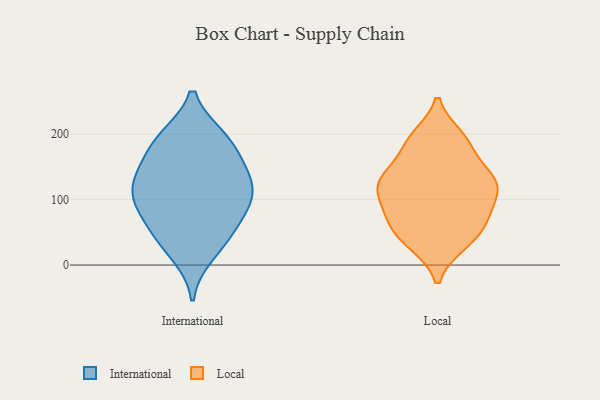
{"axis": {"x": "Latency (ms)", "y": "Value"}, "legend": ["International", "Local"], "data": [{"x": "", "y": 128, "type": "International"}, {"x": "", "y": 71, "type": "International"}, {"x": "", "y": 43, "type": "International"}, {"x": "", "y": 102, "type": "International"}, {"x": "", "y": 82, "type": "International"}, {"x": "", "y": 153, "type": "International"}, {"x": "", "y": 195, "type": "International"}, {"x": "", "y": 154, "type": "International"}, {"x": "", "y": 192, "type": "International"}, {"x": "", "y": 107, "type": "International"}, {"x": "", "y": 107, "type": "International"}, {"x": "", "y": 128, "type": "International"}, {"x": "", "y": 43, "type": "International"}, {"x": "", "y": 193, "type": "International"}, {"x": "", "y": 16, "type": "International"}, {"x": "", "y": 83, "type": "Local"}, {"x": "", "y": 66, "type": "Local"}, {"x": "", "y": 35, "type": "Local"}, {"x": "", "y": 125, "type": "Local"}, {"x": "", "y": 189, "type": "Local"}, {"x": "", "y": 107, "type": "Local"}, {"x": "", "y": 120, "type": "Local"}, {"x": "", "y": 195, "type": "Local"}, {"x": "", "y": 129, "type": "Local"}, {"x": "", "y": 136, "type": "Local"}, {"x": "", "y": 182, "type": "Local"}, {"x": "", "y": 33, "type": "Local"}, {"x": "", "y": 133, "type": "Local"}, {"x": "", "y": 55, "type": "Local"}, {"x": "", "y": 79, "type": "Local"}]}